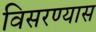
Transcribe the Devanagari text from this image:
विसरण्यास